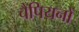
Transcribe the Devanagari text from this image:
चैपियनों